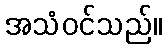
အသံဝင်သည်။